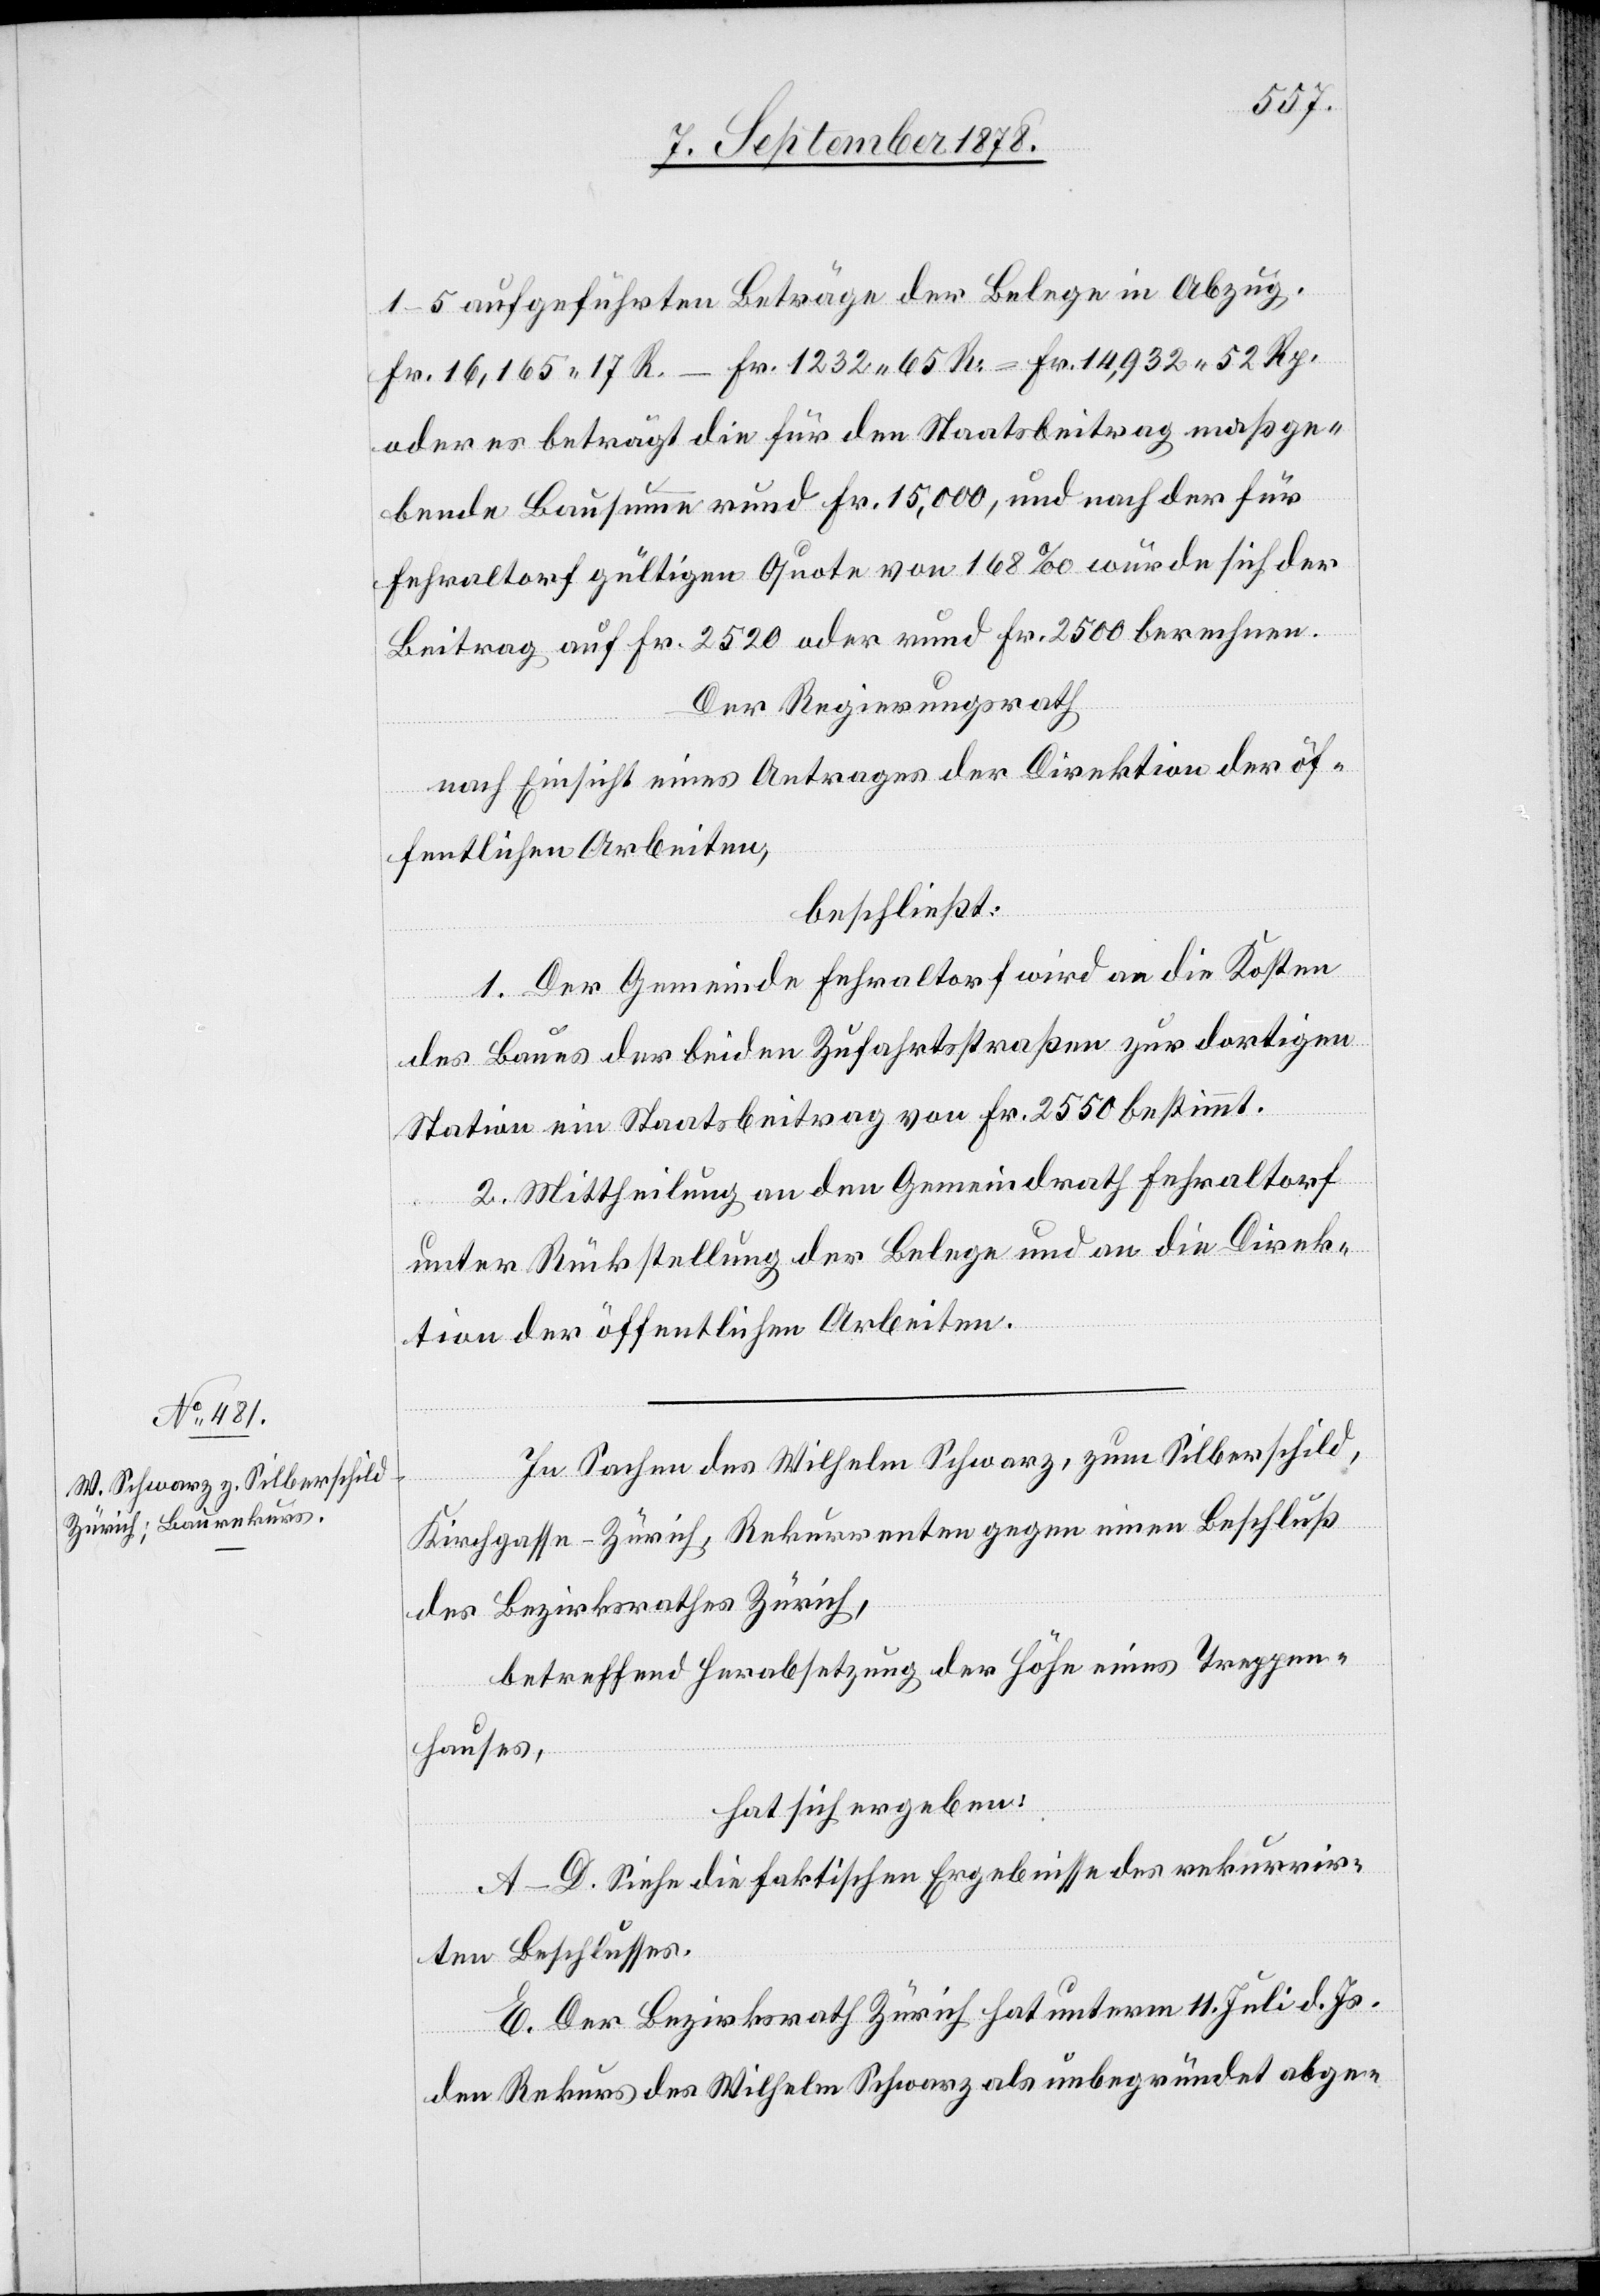
1–5 aufgeführten Beträge der Belege in Abzug.
Fr. 16,165 17 Rp. - Fr. 1232 65 Rp = Fr. 14,932 52 Rp.
oder es beträgt die für den Staatsbeitrag maßge¬
bende Bausumme rund Fr. 15,000, und nach der für
Fehraltorf gültigen Quote von 168‰ würde sich der
Beitrag auf Fr. 2520 oder rund Fr. 2500 berechnen.
Der Regierungsrath
nach Einsicht eines Antrages der Direktion der öf¬
fentlichen Arbeiten,
beschließt:
1. Der Gemeinde Fehraltorf wird an die Kosten
des Baues der beiden Zufahrtsstraßen zur dortigen
Station ein Staatsbeitrag von Fr. 2550 bestimmt.
2. Mittheilung an den Gemeindrath Fehraltorf
unter Rückstellung der Belege und an die Direk¬
tion der öffentlichen Arbeiten.
In Sachen des Wilhelm Schwarz, zum Silberschild,
Kirchgasse - Zürich, Rekurrenten gegen einen Beschluß
des Bezirksrathes Zürich,
betreffend Herabsetzung der Höhe eines Treppen¬
hauses,
hat sich ergeben:
A–D. Siehe die faktischen Ergebnisse des rekurrir¬
ten Beschlusses.
E. Der Bezirksrath Zürich hat unterm 11. Juli d. Js.
den Rekurs des Wilhelm Schwarz als unbegründet abge-